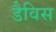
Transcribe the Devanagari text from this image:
डैविस